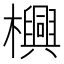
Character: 𬅊